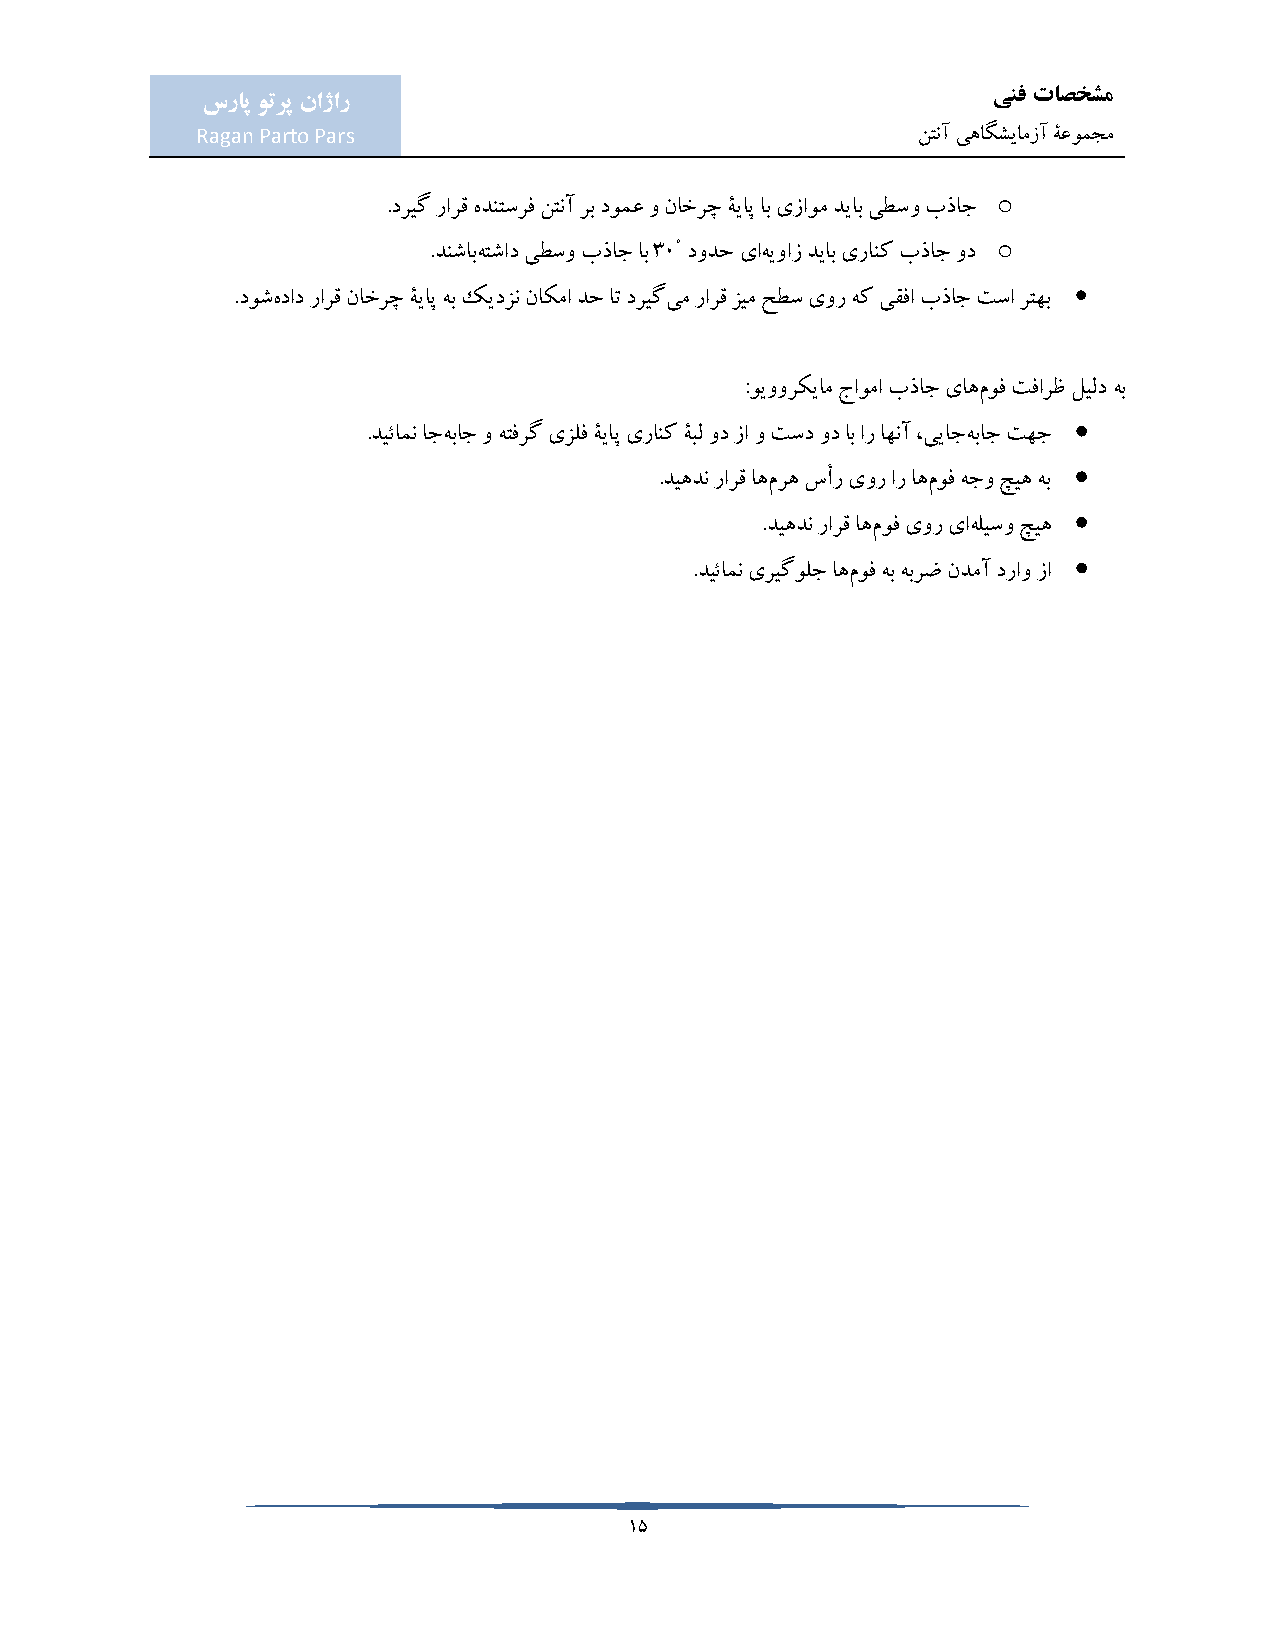
ینف تاصخشم
 سراپ وترپ ناژار
 Ragan Parto Pars                                نتنآ یهاگشیامزآ ۀعومجم
 o
 .دریگ رارق هدنتسرف نتنآ رب دومع و ناخرچ ۀیاپ اب یزاوم دیاب یطسو بذاج
 °                    o
 .دنشابهتشاد یطسو بذاج اب 30 دودح یاهیواز دیاب یرانک بذاج ود
 
 .دوشهداد رارق ناخرچ ۀیاپ هب کیدزن ناکما دح ات دریگیم رارق زیم حطس یور هک یقفا بذاج تسا رتهب
 :ویوورکیام جاوما بذاج یاهموف تفارظ لیلد هب
 
 .دیئامن اجهباج و هتفرگ یزلف ۀیاپ یرانک ۀبل ود زا و تسد ود اب ار اهنآ ،ییاجهباج تهج
 
 .دیهدن رارق اهمره سأر یور ار اهموف هجو چیه هب
 
 .دیهدن رارق اهموف یور یاهلیسو چیه
 
 .دیئامن یریگولج اهموف هب هبرض ندمآ دراو زا
 15